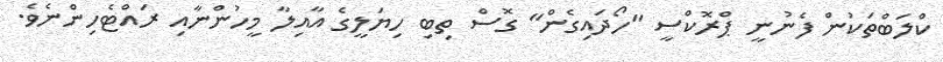
ކްލަބްތަކުން ފެނުނީ ޕްރޮކްސީ "ހޯދައިގެން" ގޮސް ތިބި ހިޔަލީގެ އާއިލާ މީހުންނާއި ރައްޓެހިންނެވެ.